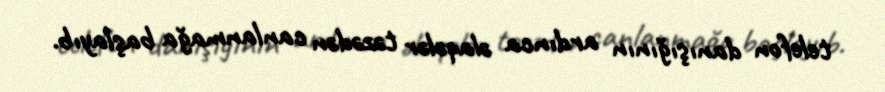
telefon danışığının ardınca əlaqələr təzədən canlanmağa başlayıb.